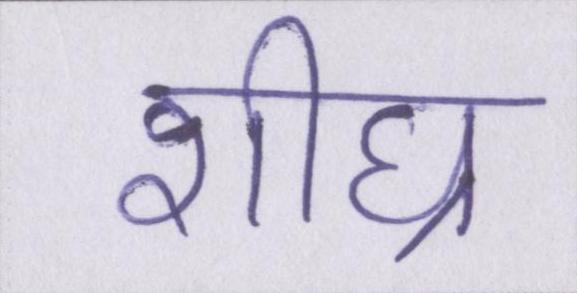
शीघ्र